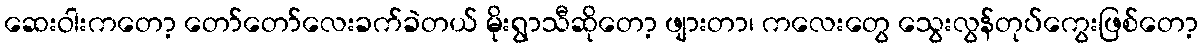
ဆေးဝါးကတော့ တော်တော်လေးခက်ခဲတယ် မိုးရွာသီဆိုတော့ ဖျားတာ၊ ကလေးတွေ သွေးလွန်တုပ်ကွေးဖြစ်တော့